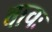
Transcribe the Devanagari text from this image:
वाचः